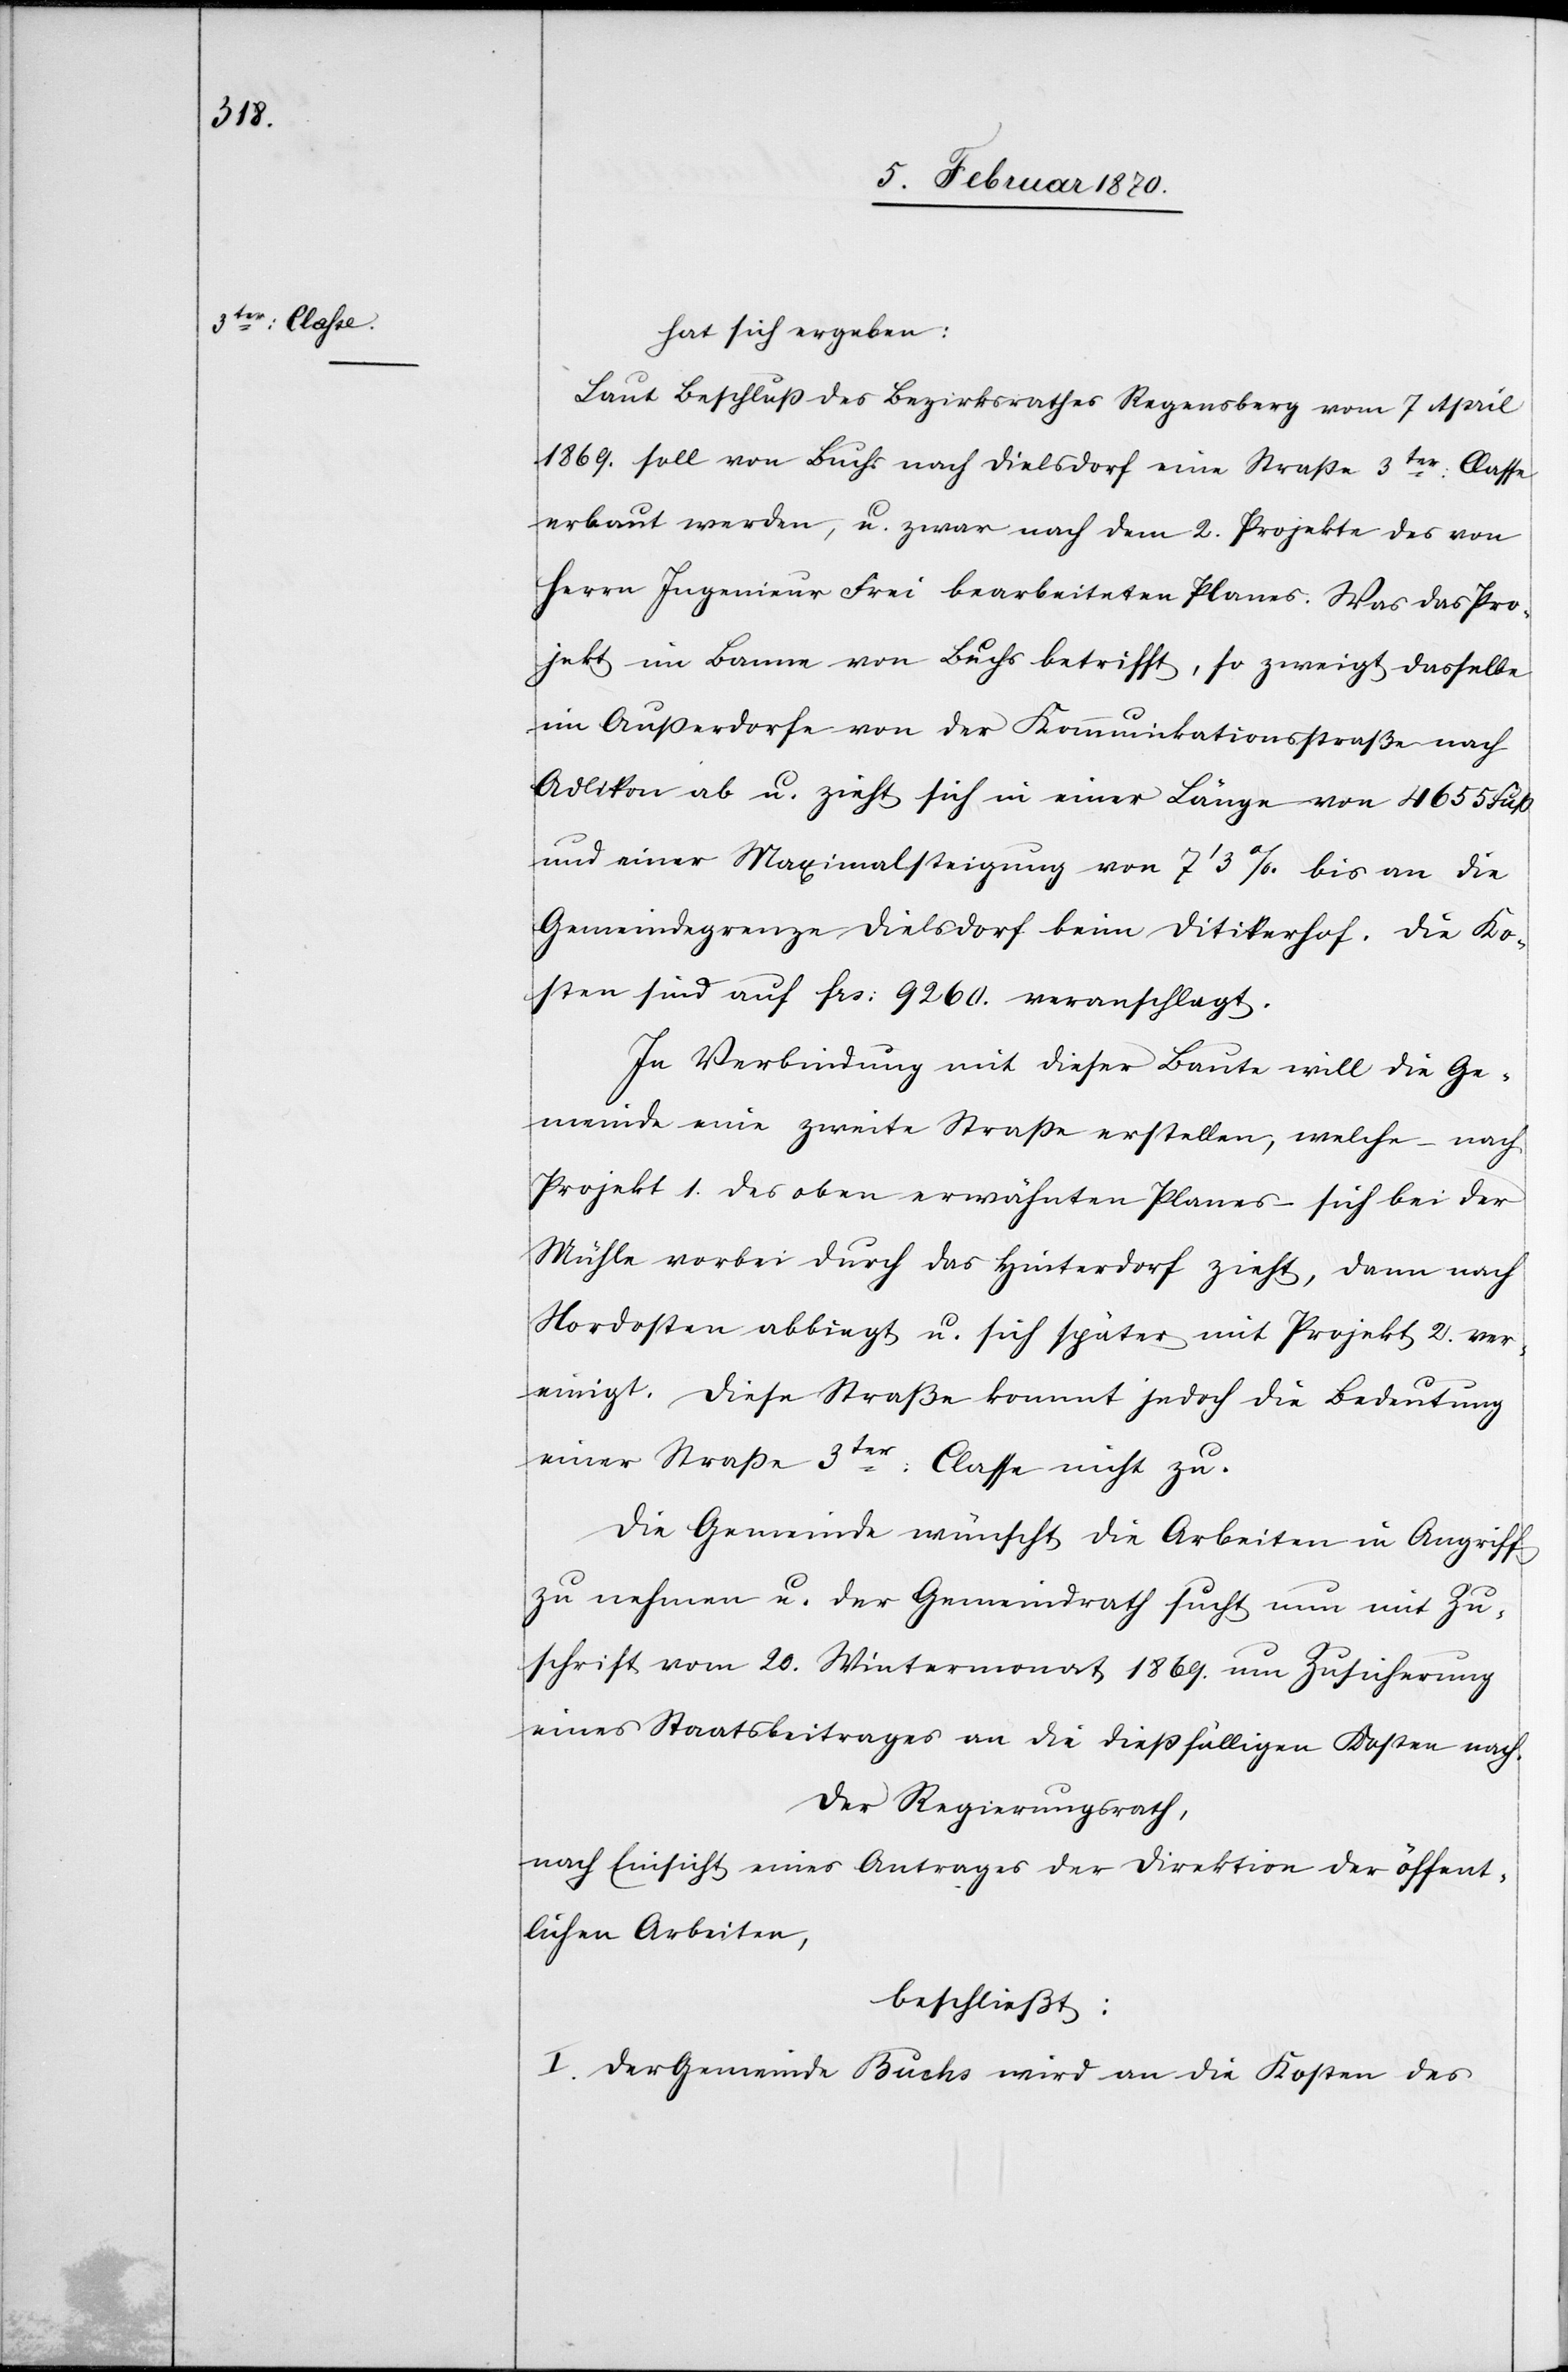
hat sich ergeben:
Laut Beschluß des Bezirksrathes Regensberg vom 7 April
1869. soll von Buchs nach Dielsdorf eine Straße 3ter: Classe
erbaut werden, u. zwar nach dem 2. Projekte des von
Herrn Ingenieur Frei bearbeiteten Planes. Was das Pro¬
jekt im Banne von Buchs betrifft, so zweigt dasselbe
im Außerdorfe von der Kommunikationsstraße nach
Adlikon ab u. zieht sich in einer Länge von 4655 Fuß
und einer Maximalsteigung von 7 1/3%. bis an die
Gemeindegrenze Dielsdorf beim Ditikerhof. Die Ko¬
sten sind auf frs: 9260. veranschlagt.
In Verbindung mit dieser Baute will die Ge¬
meinde eine zweite Straße erstellen, welche – nach
Projekt 1. des oben erwähnten Planes – sich bei der
Mühle vorbei durch das Hinterdorf zieht, dann nach
Nordosten abbiegt u. sich später mit Projekt 2. ver¬
einigt. Diese[r] Straße kommt jedoch die Bedeutung
einer Straße 3ter: Classe nicht zu.
Die Gemeinde wünscht die Arbeiten in Angriff
zu nehmen u. der Gemeindrath sucht nun mit Zu¬
schrift vom 20. Wintermonat 1869. um Zusicherung
eines Staatsbeitrages an die dießfälligen Kosten nach.
Der Regierungsrath,
nach Einsicht eines Antrages der Direktion der öffent¬
lichen Arbeiten,
beschließt:
I. Der Gemeinde Buchs wird an die Kosten des